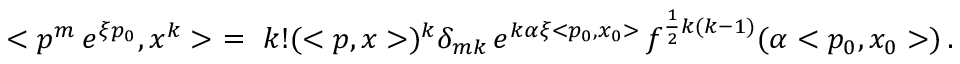
< p ^ { m } \, e ^ { \xi p _ { 0 } } , x ^ { k } > \ = \ k ! ( < p , x > ) ^ { k } \delta _ { m k } \, e ^ { k \alpha \xi < p _ { 0 } , x _ { 0 } > } \, f ^ { \frac { 1 } { 2 } k ( k - 1 ) } ( \alpha < p _ { 0 } , x _ { 0 } > ) \, .